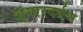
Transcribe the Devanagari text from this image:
शृंगारदर्पण